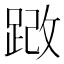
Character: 𫏍